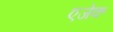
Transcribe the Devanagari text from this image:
एजेक